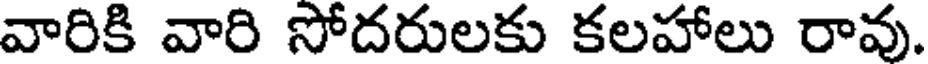
వారికి వారి సోదరులకు కలహాలు రావు.